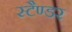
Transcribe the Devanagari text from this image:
स्टैण्डर